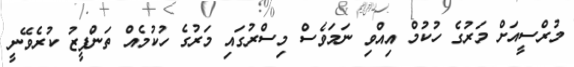
މުރްސީއަށް މަރުގެ ހުކުމް އިއްވި ނަމަވެސް މިސްރުގައި މަރުގެ ހުކުމެއް ތަންފީޒު ކުރެވޭނީ